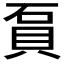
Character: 𧵔